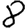
Digit: 8